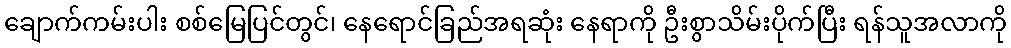
ချောက်ကမ်းပါး စစ်မြေပြင်တွင်၊ နေရောင်ခြည်အရဆုံး နေရာကို ဦးစွာသိမ်းပိုက်ပြီး ရန်သူအလာကို